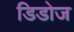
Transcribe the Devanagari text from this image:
डिडोज